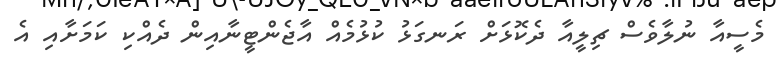
މެސީއާ ނުލާވެސް ޗިލީއާ ދެކޮޅަށް ރަނގަޅު ކުޅުމެއް އާޖެންޓީނާއިން ދެއްކި ކަމަށާއި އެ